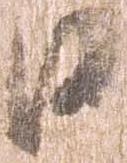
日